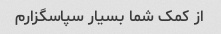
از کمک شما بسیار سپاسگزارم